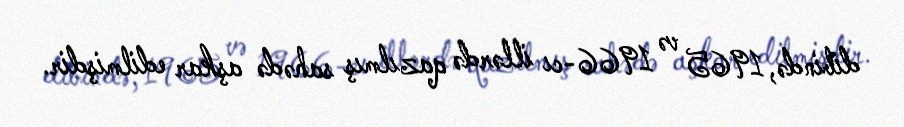
dibində, 1965 və 1966-cı illərdə qazılmış sahədə aşkar edilmişdir.